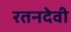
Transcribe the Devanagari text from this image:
रतनदेवी